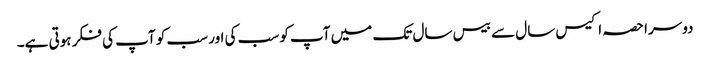
دوسرا حصہ اکیس سال سے بیس سال تک میں آپ کو سب کی اور سب کو آپ کی فکر ہوتی ہے۔